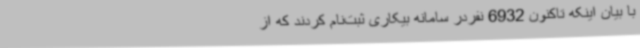
با بیان اینکه تاکنون 6932 نفردر سامانه بیکاری ثبت‌نام کردند که از